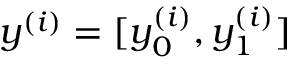
y ^ { ( i ) } = [ y _ { 0 } ^ { \left( i \right) } , y _ { 1 } ^ { ( i ) } ]